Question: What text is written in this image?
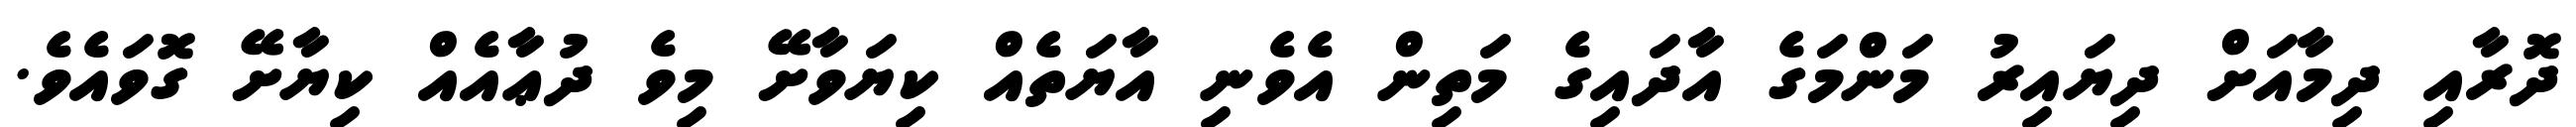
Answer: ދޮރާއި ދިމާއަށް ދިޔައިރު މަންމަގެ އާދައިގެ މަތިން އެވެނި އާޔަތެއް ކިޔަވާށޭ މިވެ ދުޢާއެއް ކިޔާށޭ ގޮވައެވެ.